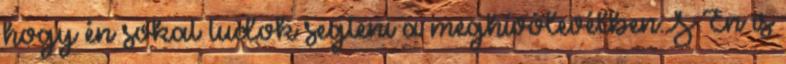
hogy én sokat tudok segteni a meghívólevélben:S Én is